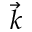
\vec { k }